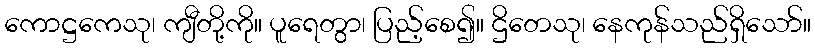
ကောဋ္ဌကေသု၊ ကျီတို့ကို။ ပူရေတွာ၊ ပြည့်စေ၍။ ဌိတေသု၊ နေကုန်သည်ရှိသော်။